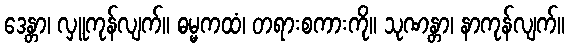
ဒေန္တာ၊ လှူကုန်လျက်။ ဓမ္မကထံ၊ တရားစကားကို။ သုဏန္တာ၊ နာကုန်လျက်။